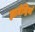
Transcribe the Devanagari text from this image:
ज्ञानेन्द्रियां